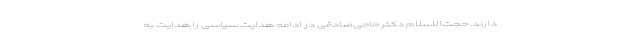
دارند. حجت‌الاسلام دکتر حاجی‌صادقی در ادامه هدایت سیاسی را هدایت به